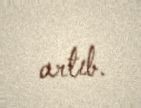
artıb.